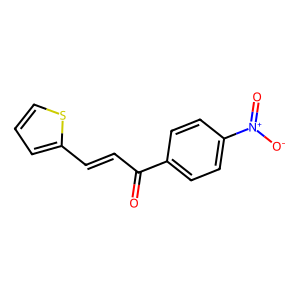
SMILES: O=C(C=Cc1cccs1)c1ccc([N+](=O)[O-])cc1
Inhibits HIV replication: No